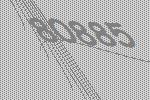
80885